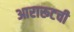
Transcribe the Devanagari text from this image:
आरारूटची